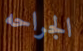
الجراحه